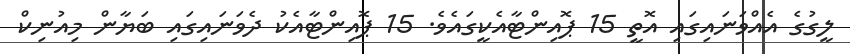
ލީގުގެ އެއްވަނައިގައި އޮތީ 15 ޕޮއިންޓާއެކީގައެވެ. 15 ޕޮއިންޓާއެކު ދެވަނައިގައި ބަޔާން މިއުނިކް